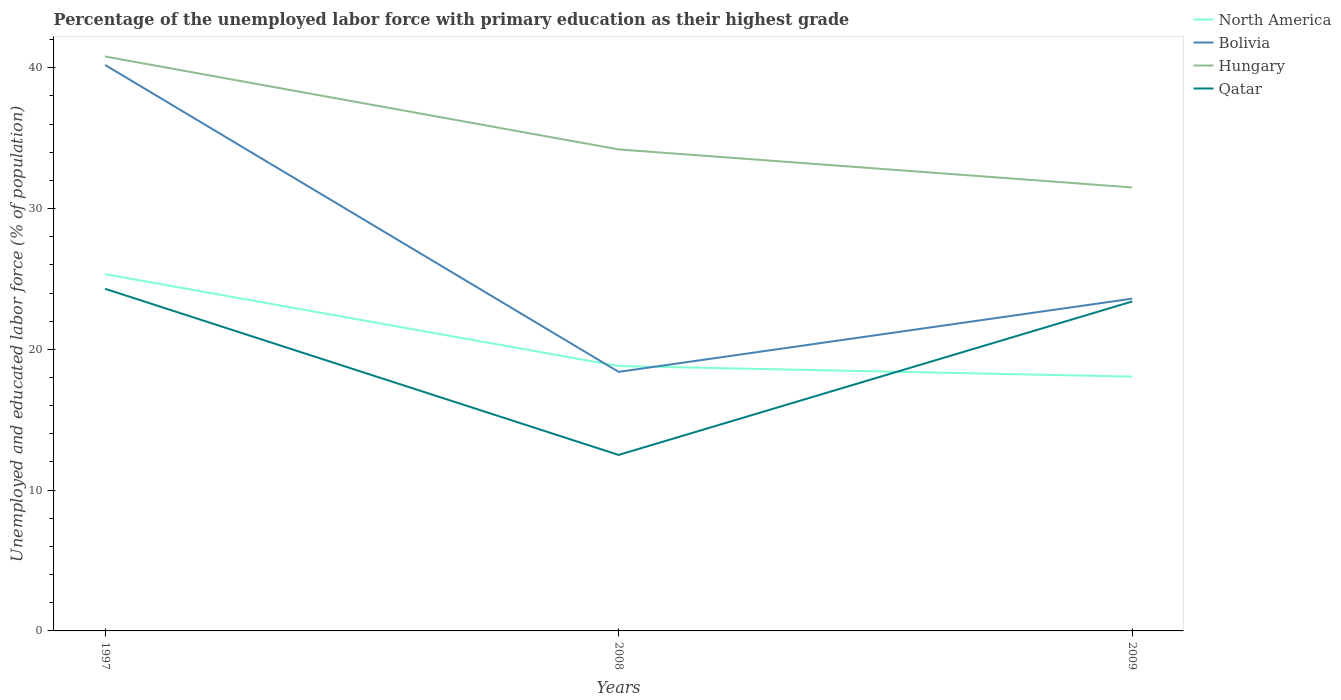
| Years | North America | Bolivia | Hungary | Qatar |
 | --- | --- | --- | --- | --- |
 | 1997 | 25.3 | 40.2 | 40.8 | 24.3 |
 | 2008 | 18.8 | 18.4 | 34.2 | 12.5 |
 | 2009 | 18.1 | 23.6 | 31.5 | 23.4 |